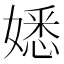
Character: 𡡁